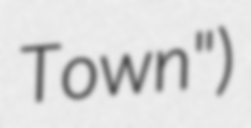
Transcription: Town")